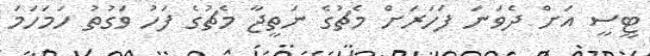
ޓީސީ އަށް ދެވަނަ ފަހަރަށް މެޗުގެ ނަތީޖާ މެޗުގެ ފަހު ވަގުތު ހަމަހަމަ